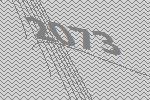
2073